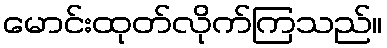
မောင်းထုတ်လိုက်ကြသည်။